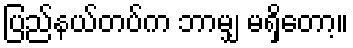
ပြည်နယ်တပ်က ဘာမျှ မရှိတော့။